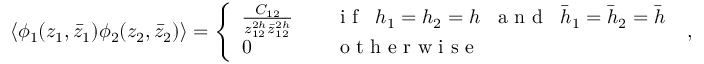
\langle \phi _ { 1 } ( z _ { 1 } , \bar { z } _ { 1 } ) \phi _ { 2 } ( z _ { 2 } , \bar { z } _ { 2 } ) \rangle = \left\{ \begin{array} { l l } { { \frac { C _ { 1 2 } } { z _ { 1 2 } ^ { 2 h } \bar { z } _ { 1 2 } ^ { 2 \bar { h } } } } } & { { \quad \textrm { i f } \; \; h _ { 1 } = h _ { 2 } = h \; \; \textrm { a n d } \; \; \bar { h } _ { 1 } = \bar { h } _ { 2 } = \bar { h } \medskip } } \\ { { 0 } } & { { \quad \textrm { o t h e r w i s e } \, \, \, } } \end{array} \right. \, \, ,